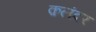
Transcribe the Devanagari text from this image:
क़लंदर